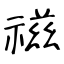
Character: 禌